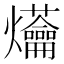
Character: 𤓝